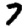
Digit: 7